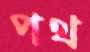
পথ